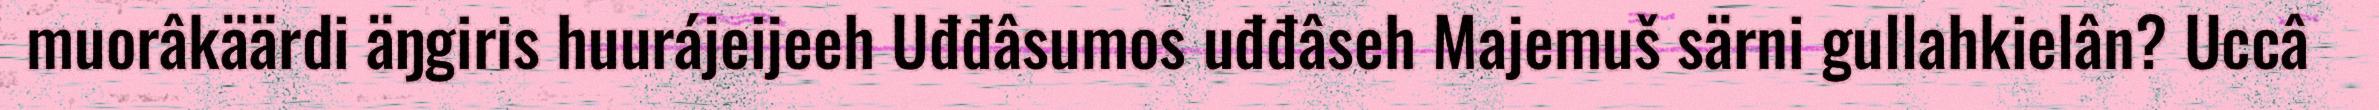
muorâkäärdi äŋgiris huurájeijeeh Uđđâsumos uđđâseh Majemuš särni gullahkielân? Uccâ